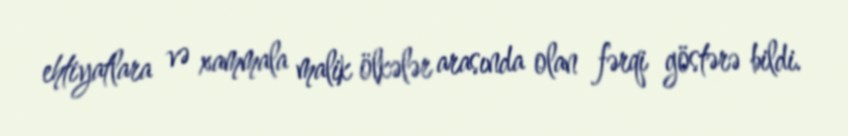
ehtiyatlara və xammala malik ölkələr arasında olan fərqi göstərə bildi.